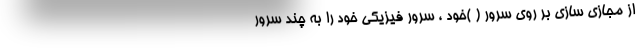
از مجازی سازی بر روی سرور ( )خود ، سرور فیزیکی خود را به چند سرور